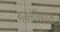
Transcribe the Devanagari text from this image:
गजलेविषयक